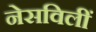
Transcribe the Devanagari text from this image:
नेसविलीं